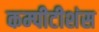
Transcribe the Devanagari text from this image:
कम्पीटीशंस